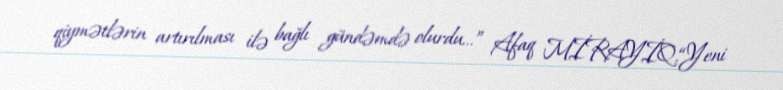
qiymətlərin artırılması ilə bağlı gündəmdə olurdu...” Afaq MİRAYİQ,“Yeni